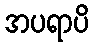
အပရာပိ